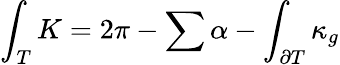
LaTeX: \int_{T}K=2\pi-\sum\alpha-\int_{\partial T}\kappa_{g}